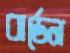
বার্ডেন